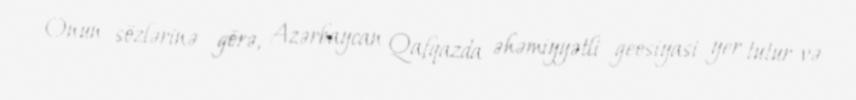
Onun sözlərinə görə, Azərbaycan Qafqazda əhəmiyyətli geosiyasi yer tutur və